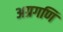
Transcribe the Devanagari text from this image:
अग्रगणि